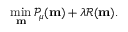
\operatorname* { m i n } _ { \mathbf { m } } \mathcal { P } _ { \mu } ( \mathbf { m } ) + \lambda \mathcal { R } ( \mathbf { m } ) .